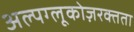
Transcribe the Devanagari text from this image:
अल्पग्लूकोज़रक्तता